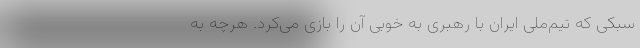
سبکی که تیم‌ملی ایران با رهبری به خوبی آن را بازی می‌کرد. هرچه به